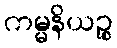
ကမ္မနိယဉ္စ